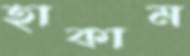
হাকাম